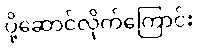
ပို့ဆောင်လိုက်ကြောင်း